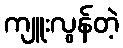
ကျူးလွန်တဲ့